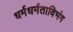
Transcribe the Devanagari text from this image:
धर्मधर्मताविभंग